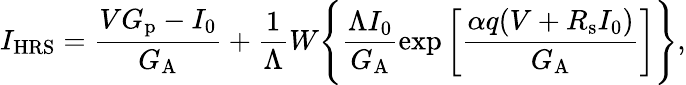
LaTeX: I_{\mathrm{HRS}}=\frac{VG_{\mathrm{{p}}}-I_{0}}{G_{\mathrm{{A}}}}+\frac{1}{\Lambda}W\Biggl\{ \frac{\Lambda I_{0}}{G_{\mathrm{A}}}\exp\left[\frac{\alpha q(V+R_{\mathrm{s}}I_{0})}{G_{\mathrm{A}}}\right]\Biggl\} ,